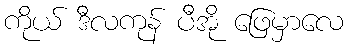
ကိုယ် ဒီလကုန် ပီအို ဖြေမှာလေ